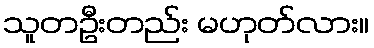
သူတဦးတည်း မဟုတ်လား။